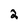
Character: 2